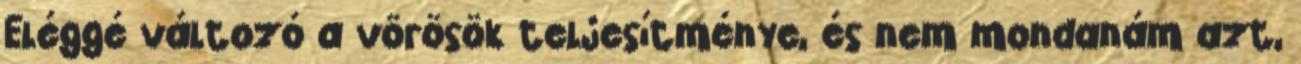
Eléggé változó a vörösök teljesítménye, és nem mondanám azt,